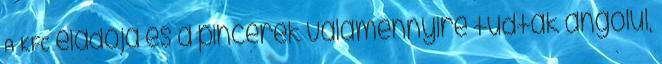
A KFC eladója és a pincérek valamennyire tudtak angolul,